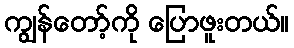
ကျွန်တော့်ကို ပြောဖူးတယ်။